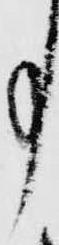
事